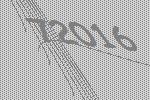
72016